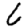
Digit: 6